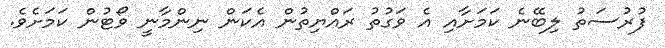
ފުރުސަތު ލިބޭނެ ކަމަށާއި އެ ވަގުތު ރައްޔިތުން އެކަން ނިންމާނީ ވޯޓުން ކަމަށެވެ.